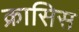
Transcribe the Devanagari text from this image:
क्रासिस